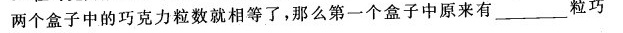
两个盒子中的巧克力粒数就相等了，那么第一个盒子中原来有___粒巧